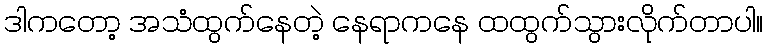
ဒါကတော့ အသံထွက်နေတဲ့ နေရာကနေ ထထွက်သွားလိုက်တာပါ။